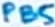
Text: PB5